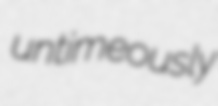
untimeously